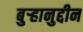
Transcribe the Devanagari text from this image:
बुऱ्हानुद्दीन